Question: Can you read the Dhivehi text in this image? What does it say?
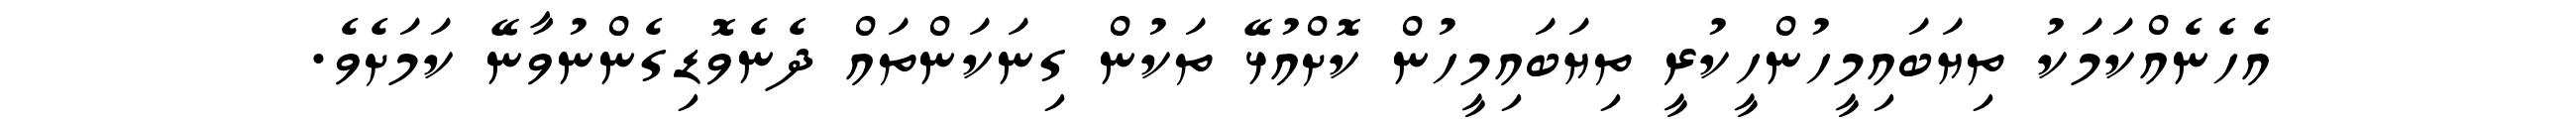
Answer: އެހެނެއްކަމަކު ތިޔަބައިމީހުންހީކުރީ ތިޔަބައިމީހުން ކޮށްއުޅޭ ތަކުން ގިނަކަންތައް ދެނެވޮޑިގެންނުވާނޭ ކަމަށެވެ.